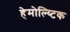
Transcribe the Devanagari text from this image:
हेमोल्य्टिक